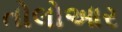
તોલોઆર